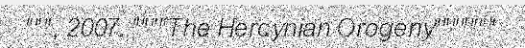
""", 2007. """"The Hercynian Orogeny"""""""